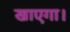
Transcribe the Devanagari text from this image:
खाएगा।